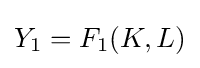
Y_{1}=F_{1}(K,L)